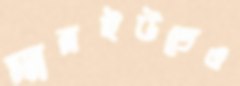
ম্যানইউতেও